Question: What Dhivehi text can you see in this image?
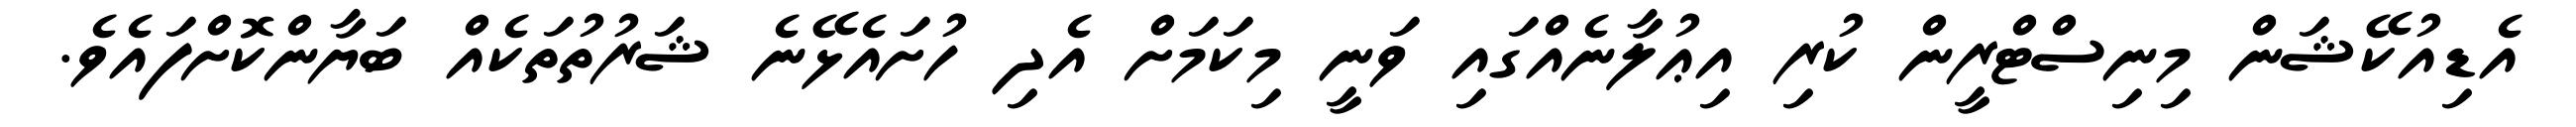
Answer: އެޑިއުކޭޝަން މިނިސްޓްރީން ކުރި އިޢުލާނެއްގައި ވަނީ މިކަމަށް އެދި ހުށައެޅޭނެ ޝަރުތުތަކެއް ބަޔާންކޮށްފައެވެ.